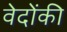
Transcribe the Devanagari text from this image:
वेदोंकी